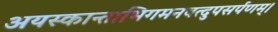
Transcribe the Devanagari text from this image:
अयस्कान्ताभिगमनवत्दुपसर्पणम्।